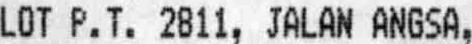
LOP P.T. 2811, JALAN ANGSA,